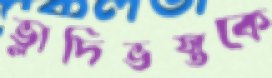
ভ্লাদিভস্তকে